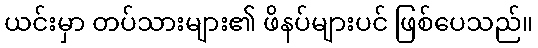
ယင်းမှာ တပ်သားများ၏ ဖိနပ်များပင် ဖြစ်ပေသည်။